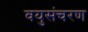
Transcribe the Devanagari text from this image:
वयुसंचरण